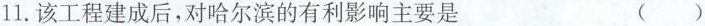
11.该工程建成后，对哈尔滨的有利影响主要是 ()